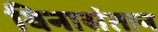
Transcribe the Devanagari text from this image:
विनासंतान